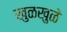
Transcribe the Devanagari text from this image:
खुळखुळे